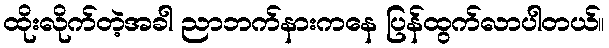
ထိုးလိုက်တဲ့အခါ ညာဘက်နားကနေ ပြန်ထွက်လာပါတယ်။